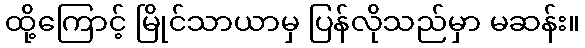
ထို့ကြောင့် မြိုင်သာယာမှ ပြန်လိုသည်မှာ မဆန်း။